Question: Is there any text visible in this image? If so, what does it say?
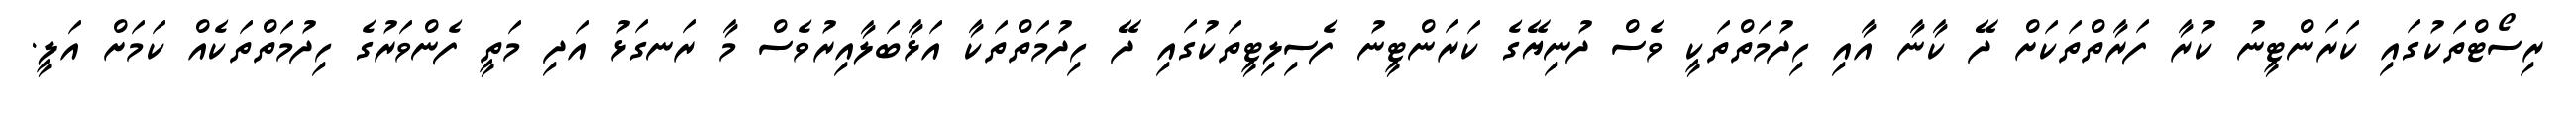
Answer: ރިސޯޓްތަކުގައި ކަރަންޓީނު ކުރާ ފަރާތްތަކަށް ދޭ ކާނާ އާއި ހިދުމަތްތަކީ ވެސް ދުނިޔޭގެ ކަރަންޓީނު ފެސިލިޓީތަކުގައި ދޭ ހިދުމަތްތަކާ އަޅާބަލާއިރުވެސް މާ ރަނގަޅު އަދި މަތީ ފެންވަރުގެ ހިދުމަތްތަކެއް ކަމަށް އަލީ.